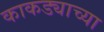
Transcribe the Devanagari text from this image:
काकड्याच्या